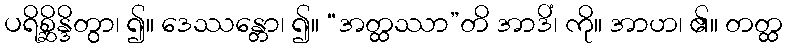
ပရိစ္ဆိန္ဒိတွာ၊ ၍။ ဒေဿန္တော၊ ၍။ “အတ္ထဿာ”တိ အာဒိံ၊ ကို။ အာဟ၊ ၏။ တတ္ထ